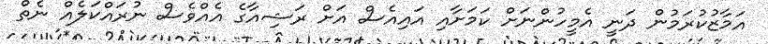
އަމާޒުކުރަމުން ދަނީ އެމީހުންނަށް ކަމަށާއި އައިއެސް އަށް ރަޝިއާގެ އެއްވެސް ނުރައްކަލެއް ނެތް